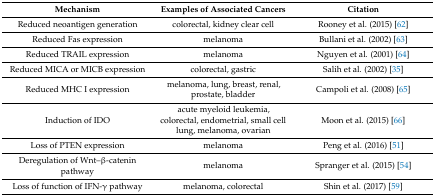
<table><thead><tr><td><b>Mechanism</b></td><td><b>Examples of Associated Cancers</b></td><td><b>Citation</b></td></tr></thead><tbody><tr><td>Reduced neoantigen generation</td><td>colorectal, kidney clear cell</td><td>Rooney et al. (2015) [62]</td></tr><tr><td>Reduced Fas expression</td><td>melanoma</td><td>Bullani et al. (2002) [63]</td></tr><tr><td>Reduced TRAIL expression</td><td>melanoma</td><td>Nguyen et al. (2001) [64]</td></tr><tr><td>Reduced MICA or MICB expression</td><td>colorectal, gastric</td><td>Salih et al. (2002) [35]</td></tr><tr><td>Reduced MHC I expression</td><td>melanoma, lung, breast, renal, prostate, bladder</td><td>Campoli et al. (2008) [65]</td></tr><tr><td>Induction of IDO</td><td>acute myeloid leukemia, colorectal, endometrial, small cell lung, melanoma, ovarian</td><td>Moon et al. (2015) [66]</td></tr><tr><td>Loss of PTEN expression</td><td>melanoma</td><td>Peng et al. (2016) [51]</td></tr><tr><td>Deregulation of Wnt–β-catenin pathway</td><td>melanoma</td><td>Spranger et al. (2015) [54]</td></tr><tr><td>Loss of function of IFN-γ pathway</td><td>melanoma, colorectal</td><td>Shin et al. (2017) [59]</td></tr></tbody></table>